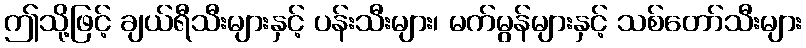
ဤသို့ဖြင့် ချယ်ရီသီးများနှင့် ပန်းသီးများ၊ မက်မွန်များနှင့် သစ်တော်သီးများ